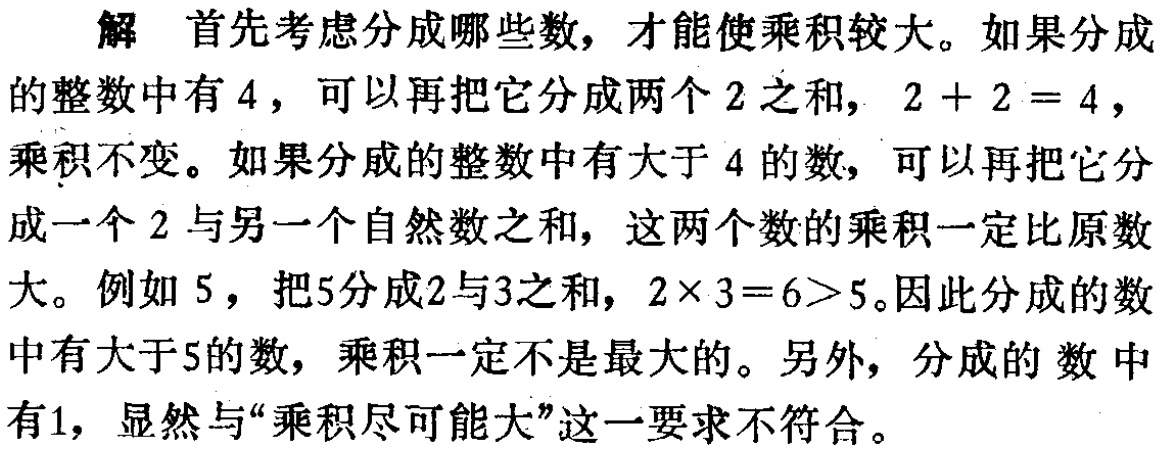
解 首先考虑分成哪些数，才能使乘积较大。如果分成的整数中有 \(4\)，可以再把它分成两个 \(2\) 之和，\(2 + 2 = 4\)，乘积不变。如果分成的整数中有大于 \(4\) 的数，可以再把它分成一个 \(2\) 与另一个自然数之和，这两个数的乘积一定比原数大。例如 \(5\)，把 \(5\) 分成 \(2\) 与 \(3\) 之和，\(2\times 3 = 6>5\)。因此分成的数中有大于 \(5\) 的数，乘积一定不是最大的。另外，分成的数中有 \(1\)，显然与“乘积尽可能大”这一要求不符合。